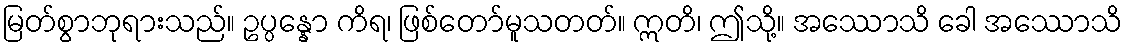
မြတ်စွာဘုရားသည်။ ဥပ္ပန္နော ကိရ၊ ဖြစ်တော်မူသတတ်။ ဣတိ၊ ဤသို့။ အဿောသိ ခေါ အဿောသိ